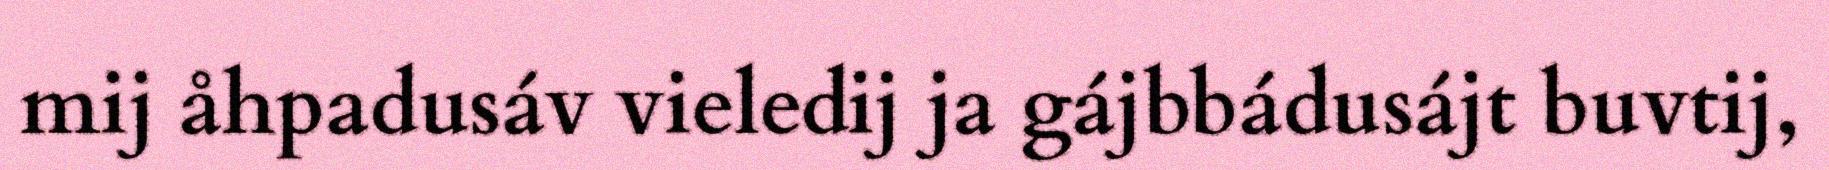
mij åhpadusáv vieledij ja gájbbádusájt buvtij,